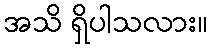
အသိ ရှိပါသလား။